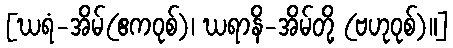
[ဃရံ-အိမ်(ဧကဝုစ်)၊ ဃရာနိ-အိမ်တို့ (ဗဟုဝုစ်)။]